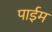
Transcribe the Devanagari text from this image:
पाईम